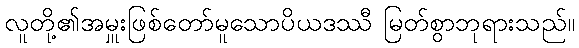
လူတို့၏အမှူးဖြစ်တော်မူသောပိယဒဿီ မြတ်စွာဘုရားသည်။